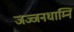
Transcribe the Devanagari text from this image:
जज्जनधाम्नि